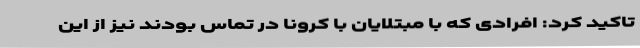
تاکید کرد: افرادی که با مبتلایان با کرونا در تماس بودند نیز از این